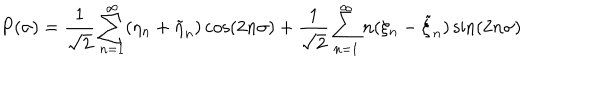
LaTeX: P ( \sigma ) = { \frac { 1 } { \sqrt { 2 } } } \sum _ { n = 1 } ^ { \infty } ( \eta _ { n } + \tilde { \eta } _ { n } ) \cos ( 2 n \sigma ) + { \frac { 1 } { \sqrt { 2 } } } \sum _ { n = 1 } ^ { \infty } n ( \xi _ { n } - \tilde { \xi } _ { n } ) \sin ( 2 n \sigma )